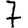
Digit: 7